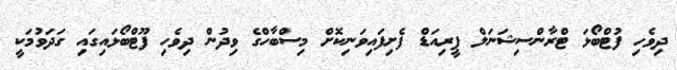
ދިވެހި ފުޓްބޯޅަ ޓްރާންސިޝަނަލް ޕީރިއަޑް ފެށިފައިވަނިކޮށް މިސްބާހްގެ ވިދުން ދިވެހި ފޫޓްބޯޅައިގައި ގަދަވުމަކީ